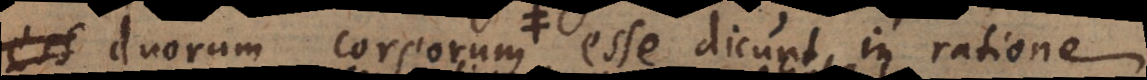
es duorum corporum, esse dicunt in ration